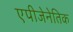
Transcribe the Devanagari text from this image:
एपीजेनेतिक